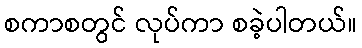
စကာစတွင် လုပ်ကာ စခဲ့ပါတယ်။